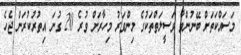
މަސައްކަތަށް ބޭނުންވާ ވަސީލަތްތަކުގެ މިންވަރު މިހާރަށް ވުރެ 20 ގުނަ އިތުރުކުރަން ޖެހެ